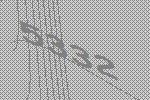
5332